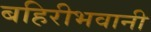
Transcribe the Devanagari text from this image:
बहिरीभवानी